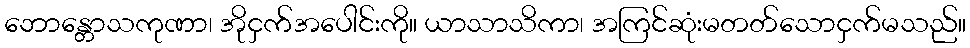
ဘောန္တောသကုဏာ၊ အိုငှက်အပေါင်းကို။ ယာသာသိကာ၊ အကြင်ဆုံးမတတ်သောငှက်မသည်။